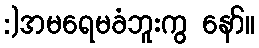
:)အမရေမခံဘူးကွ နော်။